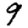
Digit: 9